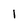
Character: I